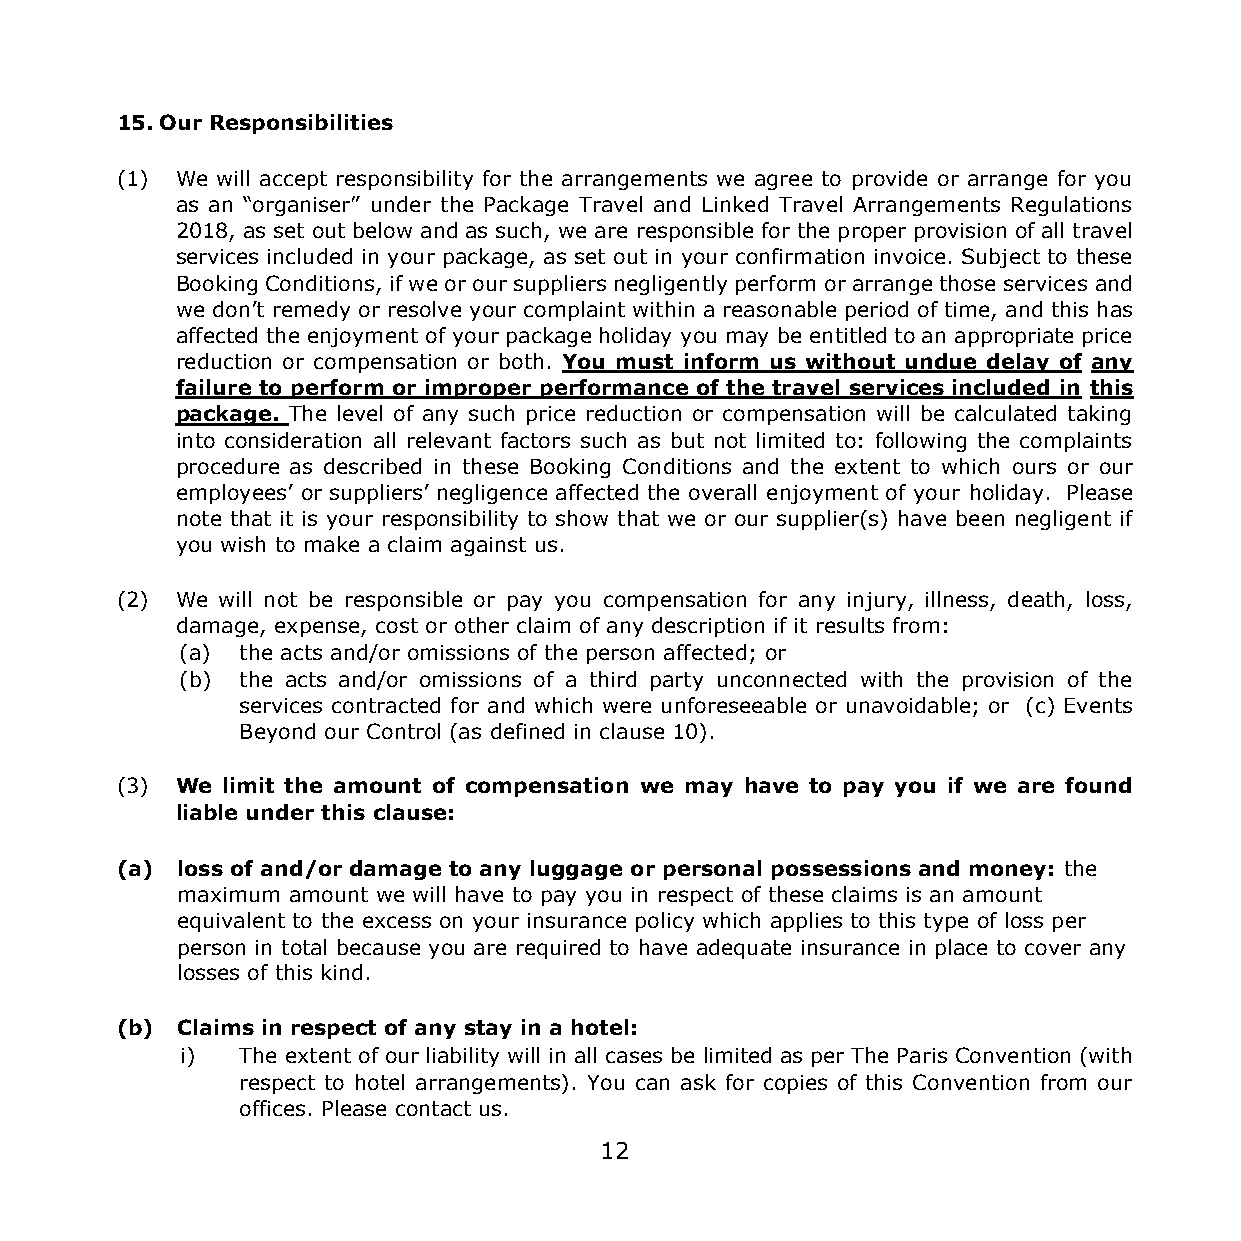
15. Our Responsibilities
 (1) We will accept responsibility for the arrangements we agree to provide or arrange for you
 as an “organiser” under the Package Travel and Linked Travel Arrangements Regulations
 2018, as set out below and as such, we are responsible for the proper provision of all travel
 services included in your package, as set out in your confirmation invoice. Subject to these
 Booking Conditions, if we or our suppliers negligently perform or arrange those services and
 we don’t remedy or resolve your complaint within a reasonable period of time, and this has
 affected the enjoyment of your package holiday you may be entitled to an appropriate price
 reduction or compensation or both. You must inform us without undue delay of any
 failure to perform or improper performance of the travel services included in this
 package. The level of any such price reduction or compensation will be calculated taking
 into consideration all relevant factors such as but not limited to: following the complaints
 procedure as described in these Booking Conditions and the extent to which ours or our
 employees’ or suppliers’ negligence affected the overall enjoyment of your holiday. Please
 note that it is your responsibility to show that we or our supplier(s) have been negligent if
 you wish to make a claim against us.
 (2) We will not be responsible or pay you compensation for any injury, illness, death, loss,
 damage, expense, cost or other claim of any description if it results from:
 (a) the acts and/or omissions of the person affected; or
 (b) the acts and/or omissions of a third party unconnected with the provision of the
 services contracted for and which were unforeseeable or unavoidable; or (c) Events
 Beyond our Control (as defined in clause 10).
 (3) We limit the amount of compensation we may have to pay you if we are found
 liable under this clause:
 (a) loss of and/or damage to any luggage or personal possessions and money: the
 maximum amount we will have to pay you in respect of these claims is an amount
 equivalent to the excess on your insurance policy which applies to this type of loss per
 person in total because you are required to have adequate insurance in place to cover any
 losses of this kind.
 (b) Claims in respect of any stay in a hotel:
 i)  The extent of our liability will in all cases be limited as per The Paris Convention (with
 respect to hotel arrangements). You can ask for copies of this Convention from our
 offices. Please contact us.
 12